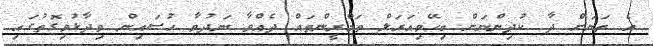
އެ ތަނަށް ދާ ކުދިންނަށް ބިހޭވިއަރަލް ތަމްރީންތައް ދެއްވާ ނަދުވާ ހުސައިން ވިދާޅުވިގޮތުގައި